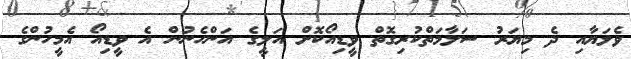
ވެލަޔާއި ދެ މިޔަރު ސަލާމަތްކުރިގޮތް ވީޑިއޯކޮށް އަލީގެ އަންހެނުން އެ ވީޑިއޯ އެމީހުންގެ